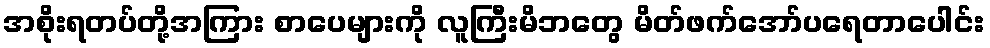
အစိုးရတပ်တို့အကြား စာပေများကို လူကြီးမိဘတွေ မိတ်ဖက်အော်ပရေတာပေါင်း